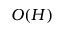
O ( H )